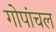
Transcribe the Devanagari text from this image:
गोपांचल